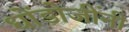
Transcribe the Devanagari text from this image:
धोंडोजींनी